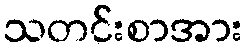
သတင်းစာအား